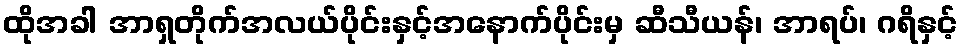
ထိုအခါ အာရှတိုက်အလယ်ပိုင်းနှင့်အနောက်ပိုင်းမှ ဆီသီယန်၊ အာရပ်၊ ဂရိနှင့်